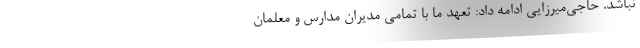
نباشد. حاجی‌میرزایی ادامه داد: تعهد ما با تمامی مدیران مدارس و معلمان